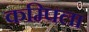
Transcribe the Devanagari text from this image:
कम्पिला